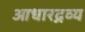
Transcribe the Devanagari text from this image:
आधारद्रव्य